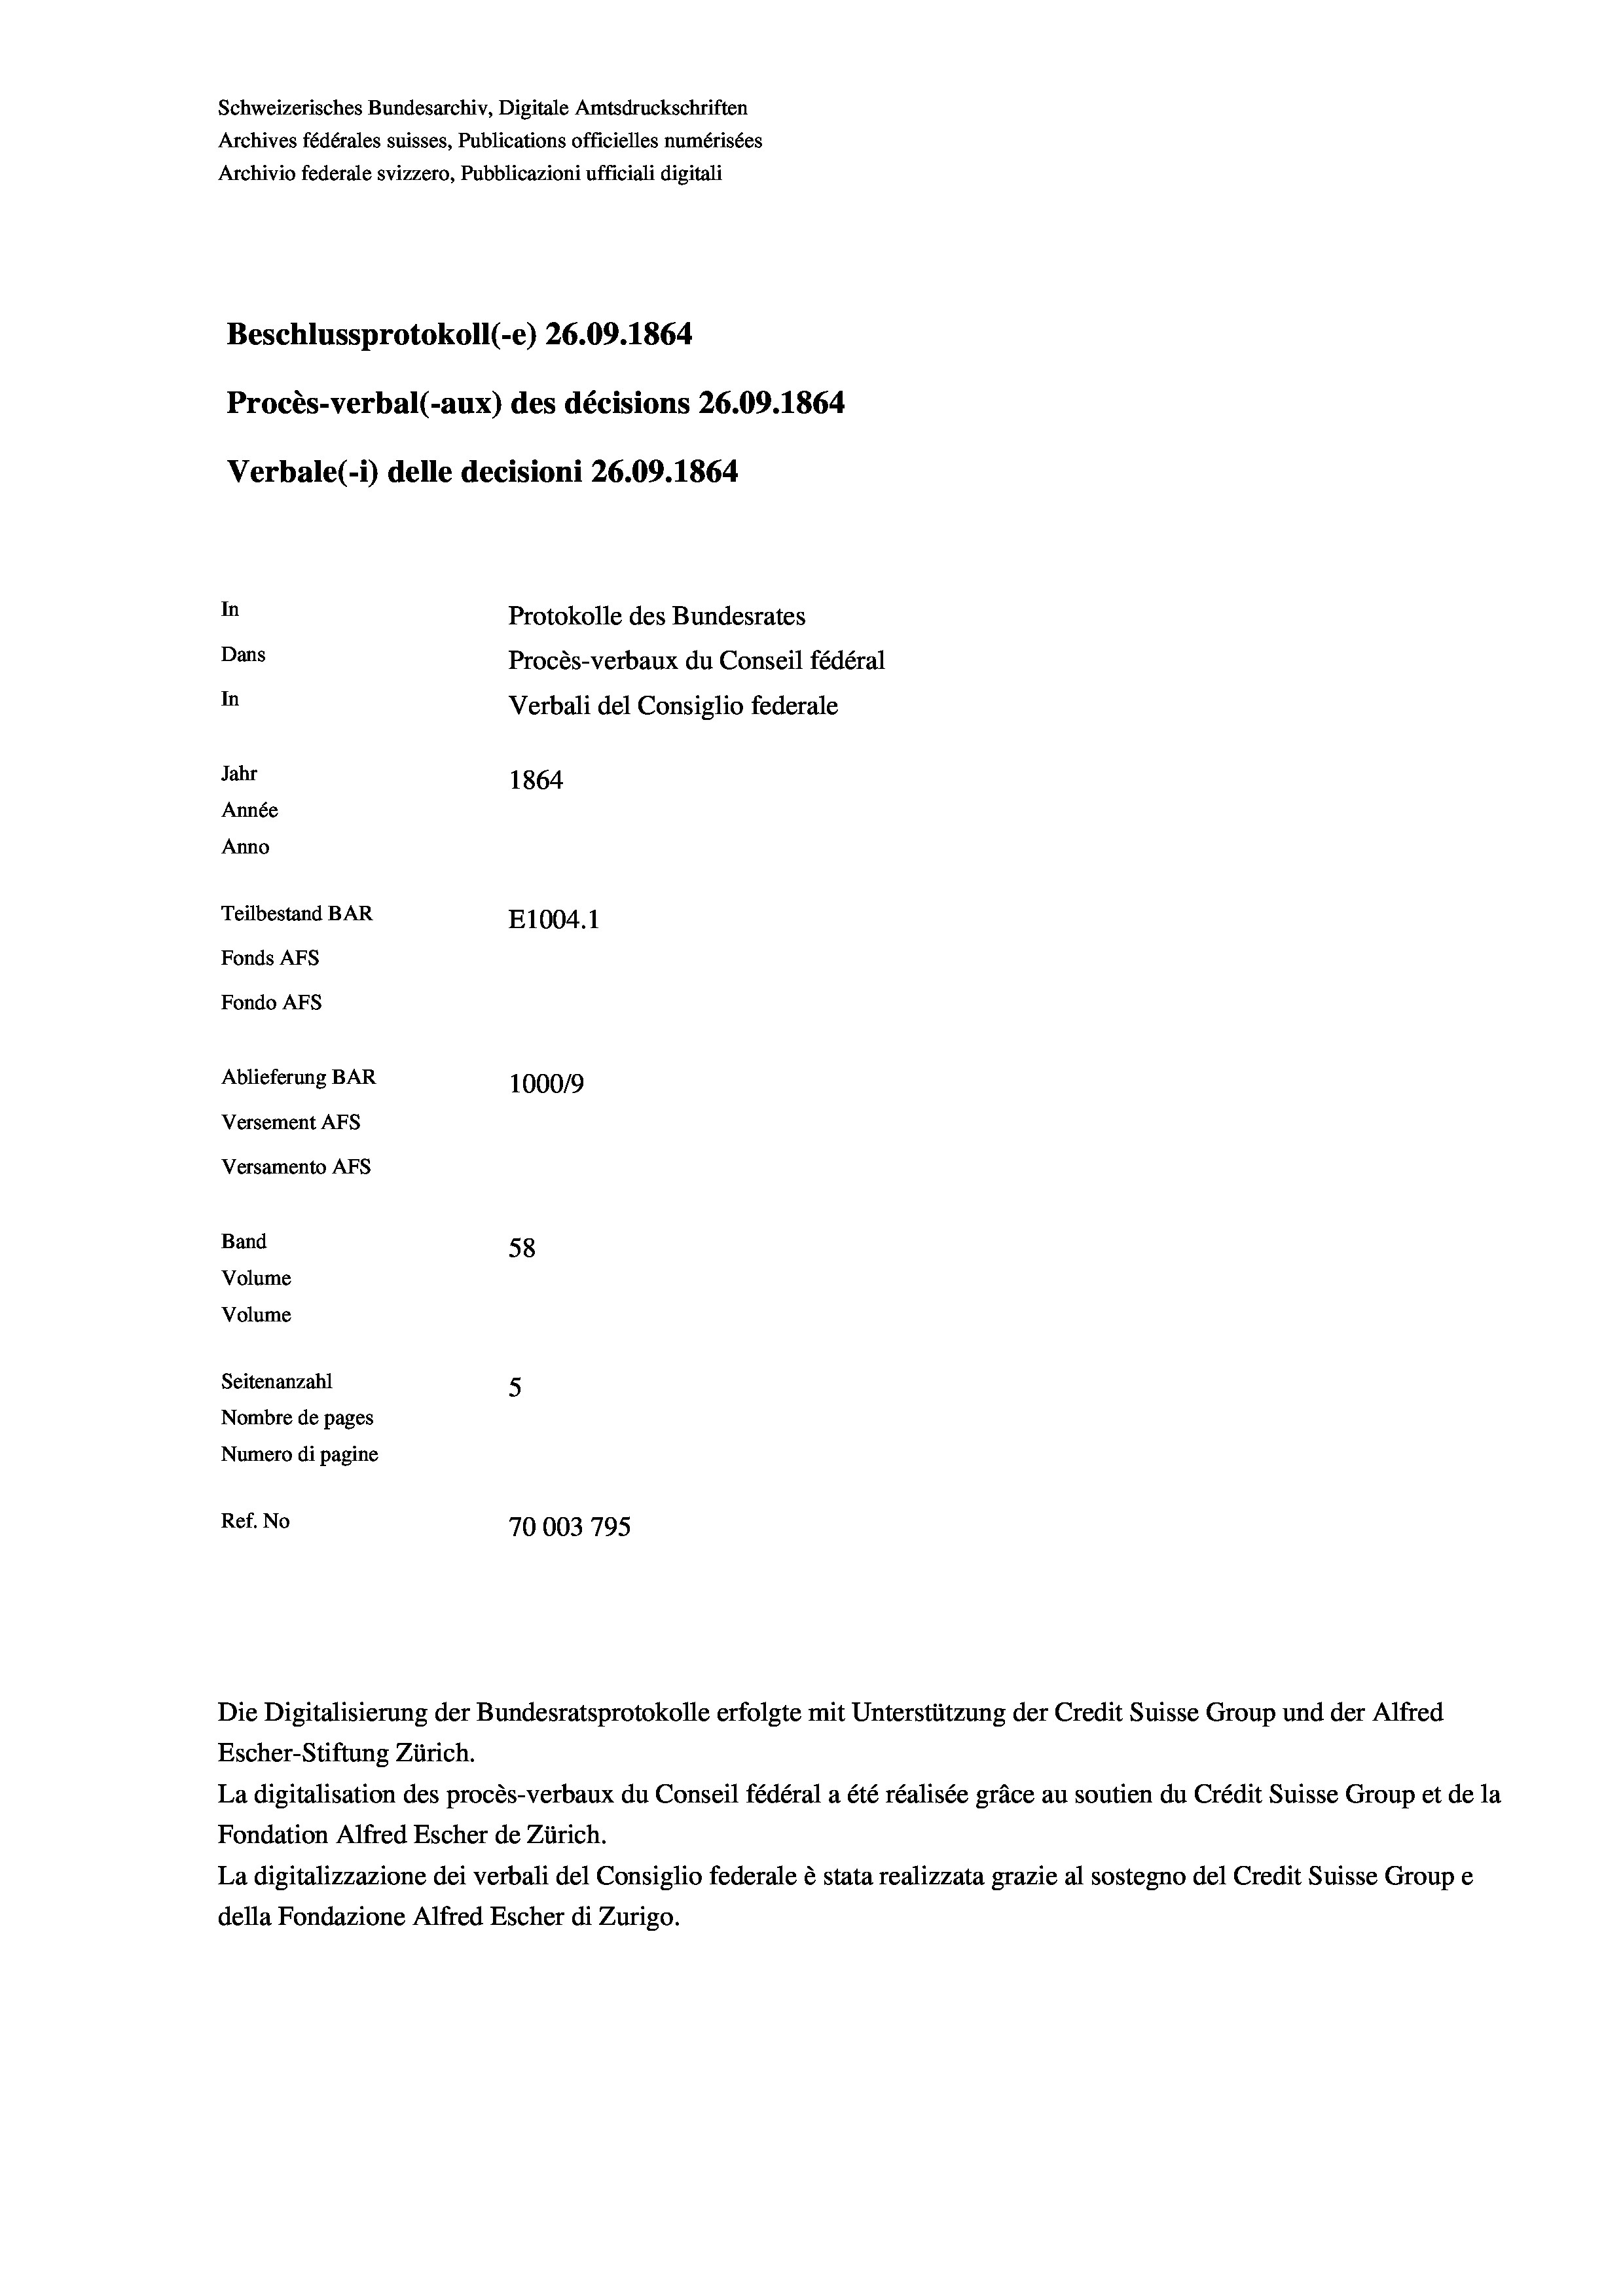
Schweizerisches Bundesarchiv, Digitale Amtsdruckschriften
Archives fédérales suisses, Publications officielles numérisées
Archivio federale svizzero, Pubblicazioni ufficiali digitali
Beschlussprotokoll (-e) 26.09. 1864
Procès-verbal (-aux) des décisions 26.09. 1864
Verbale (i) delle decisioni 26.09. 1864
In
Protokolle des Bundesrates
Dans
Procès-verbaux du Conseil fédéral
In
Verbali del Consiglio federale
Jahr
1864
Année
Anno
Teilbestand BAR
E1004.1
Fonds AFs
Fondo AFs
Ablieferung BAR
100019
Versement AFs
Versamento Afs
Band
58
Volume
Volume
Seitenanzahl
5
Nombre de pages
Numero di pagine
Ref. No
70003 795

Escher-Stiftung Zürich.
La digitalisation des procès-verbaux du Conseil fédéral a été réalisée gräce au soutien du Crédit Suisse Group et de la
Fondation Alfred Escher de Zürich.
La digitalizzazione dei verbali del Consiglio federale è stata realizzata grazie al sostegno del Credit Suisse Groupe
della Fondazione Alfred Escher di Zurigo.

Die Digitalisierung der Bundesratsprotokolle erfolgte mit Unterstützung der Credit Suisse Group und der Alfred